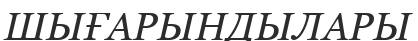
ШЫҒАРЫНДЫЛАРЫ